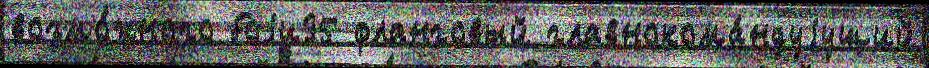
возмо́жного боjи35 фланговый главнокома́ндуjущий